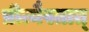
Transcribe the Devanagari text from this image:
प्रीत्यैस्तात्